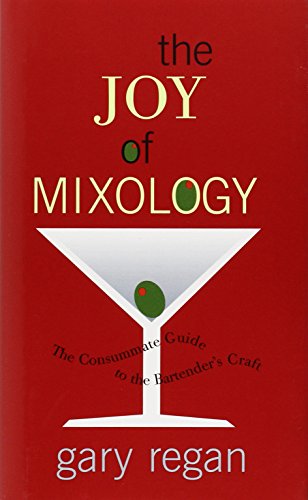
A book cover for The Joy of Mixology: The Consummate Guide to the Bartender's Craft; Gary Regan; Cookbooks, Food & Wine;